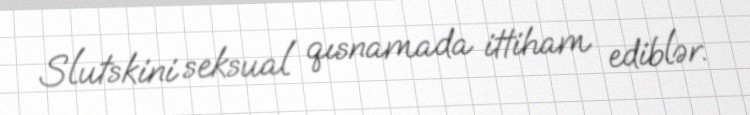
Slutskini seksual qısnamada ittiham ediblər.